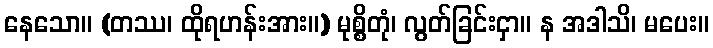
နေသော။ (တဿ၊ ထိုရဟန်းအား။) မုစ္စိတုံ၊ လွတ်ခြင်းငှာ။ န အဒါသိ၊ မပေး။